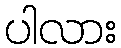
ပါလား